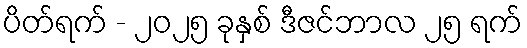
ပိတ်ရက် - ၂၀၂၅ ခုနှစ် ဒီဇင်ဘာလ ၂၅ ရက်